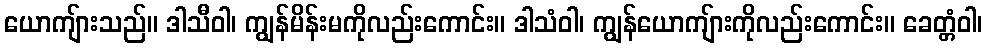
ယောကျ်ားသည်။ ဒါသီဝါ၊ ကျွန်မိန်းမကိုလည်းကောင်း။ ဒါသံဝါ၊ ကျွန်ယောကျ်ားကိုလည်းကောင်း။ ခေတ္တံဝါ၊